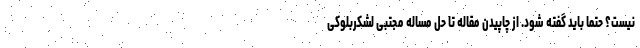
نیست؟ حتما باید گفته شود. از چاپیدن مقاله تا حل مساله مجتبی لشکربلوکی